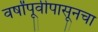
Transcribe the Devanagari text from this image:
वर्षांपूर्वीपासूनचा